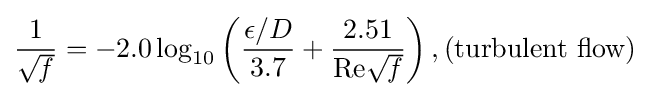
{1 \over {\sqrt {\mathit {f}}}}=-2.0\log _{10}\left({\frac {\epsilon /D}{3.7}}+{\frac {2.51}{{\text{Re}}{\sqrt {\mathit {f}}}}}\right),{\text{(turbulent flow)}}